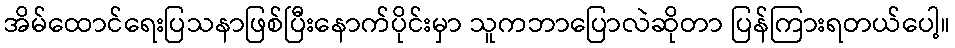
အိမ်ထောင်ရေးပြသနာဖြစ်ပြီးနောက်ပိုင်းမှာ သူကဘာပြောလဲဆိုတာ ပြန်ကြားရတယ်ပေါ့။